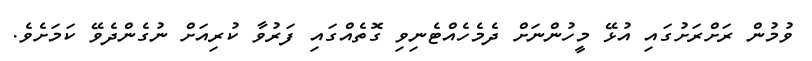
ވުމުން ރަށްރަށުގައި އުޅޭ މީހުންނަށް ދެމެހެއްޓެނިވި ގޮތެއްގައި ފަރުވާ ކުރިއަށް ނުގެންދެވޭ ކަމަށެވެ.